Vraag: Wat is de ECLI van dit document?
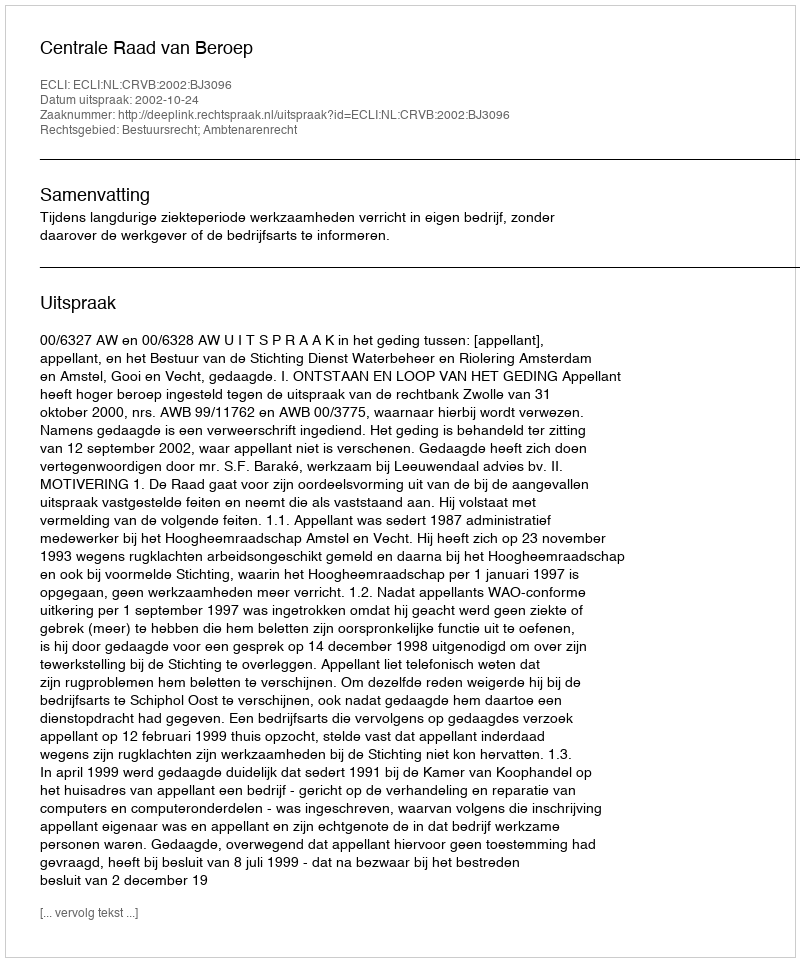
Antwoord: ECLI:NL:CRVB:2002:BJ3096